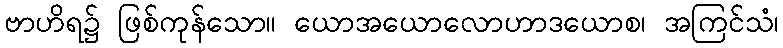
ဗာဟိရ၌ ဖြစ်ကုန်သော။ ယောအယောလောဟာဒယောစ၊ အကြင်သံ၊